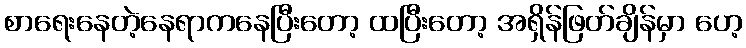
စာရေးနေတဲ့နေရာကနေပြီးတော့ ထပြီးတော့ အရှိန်ဖြတ်ချိန်မှာ ဟေ့